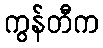
ကွန်တီက